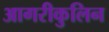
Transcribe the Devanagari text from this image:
आगरीकुलिन